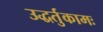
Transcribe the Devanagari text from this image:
उद्धर्तुकामः